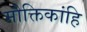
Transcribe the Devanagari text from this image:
मौक्तिकांहि